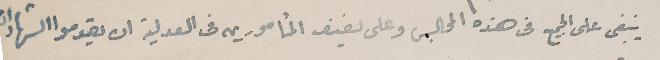
ينبغى على الجميع فى هذه المجالس وعلى لفيف المأمورين فى العدلية ان يقدموا الشهادات